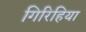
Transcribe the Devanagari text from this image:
गिरिहिया